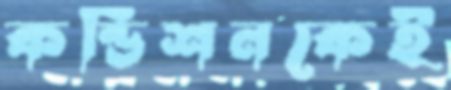
কন্ডিশনকেই